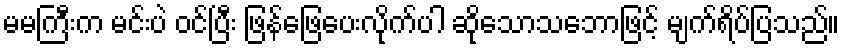
မမကြီးက မင်းပဲ ဝင်ပြီး ဖြန်ဖြေပေးလိုက်ပါ ဆိုသောသဘောဖြင့် မျက်ရိပ်ပြသည်။